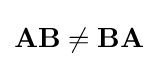
\mathbf {A} \mathbf {B} \neq \mathbf {B} \mathbf {A}